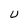
Character: U